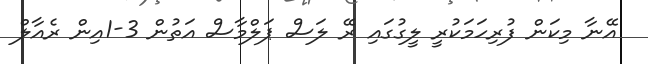
އޭނާ މިކަން ފުރިހަމަކުރީ ލީގުގައި ރޭ ލަސް ޕަލްމާސް އަތުން 3-1އިން ރެއާލް